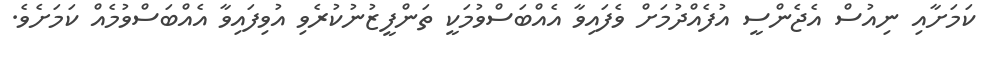
ކަމަށާއި ނިއުސް އެޖެންސީ އުފެއްދުމަށް ވެފައިވާ އެއްބަސްވުމަކީ ތަންފީޒުނުކުރެވި އުވިފައިވާ އެއްބަސްވުމެއް ކަމަށެވެ.